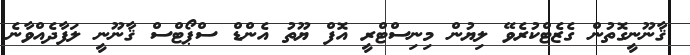
ޤާނޫނީގޮތުން ގެޒެޓްކުރެވޭ ލިޔުން މިނިސްޓްރީ އޮފް ޔޫތު އެންޑް ސްޕޯޓްސް ޤާނޫނީ ލަފާދެއްވާނެ